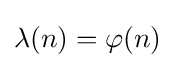
\lambda (n)=\varphi (n)